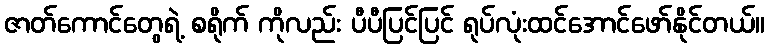
ဇာတ်ကောင်တွေရဲ့ စရိုက် ကိုလည်း ပီပီပြင်ပြင် ရုပ်လုံးထင်အောင်ဖော်နိုင်တယ်။